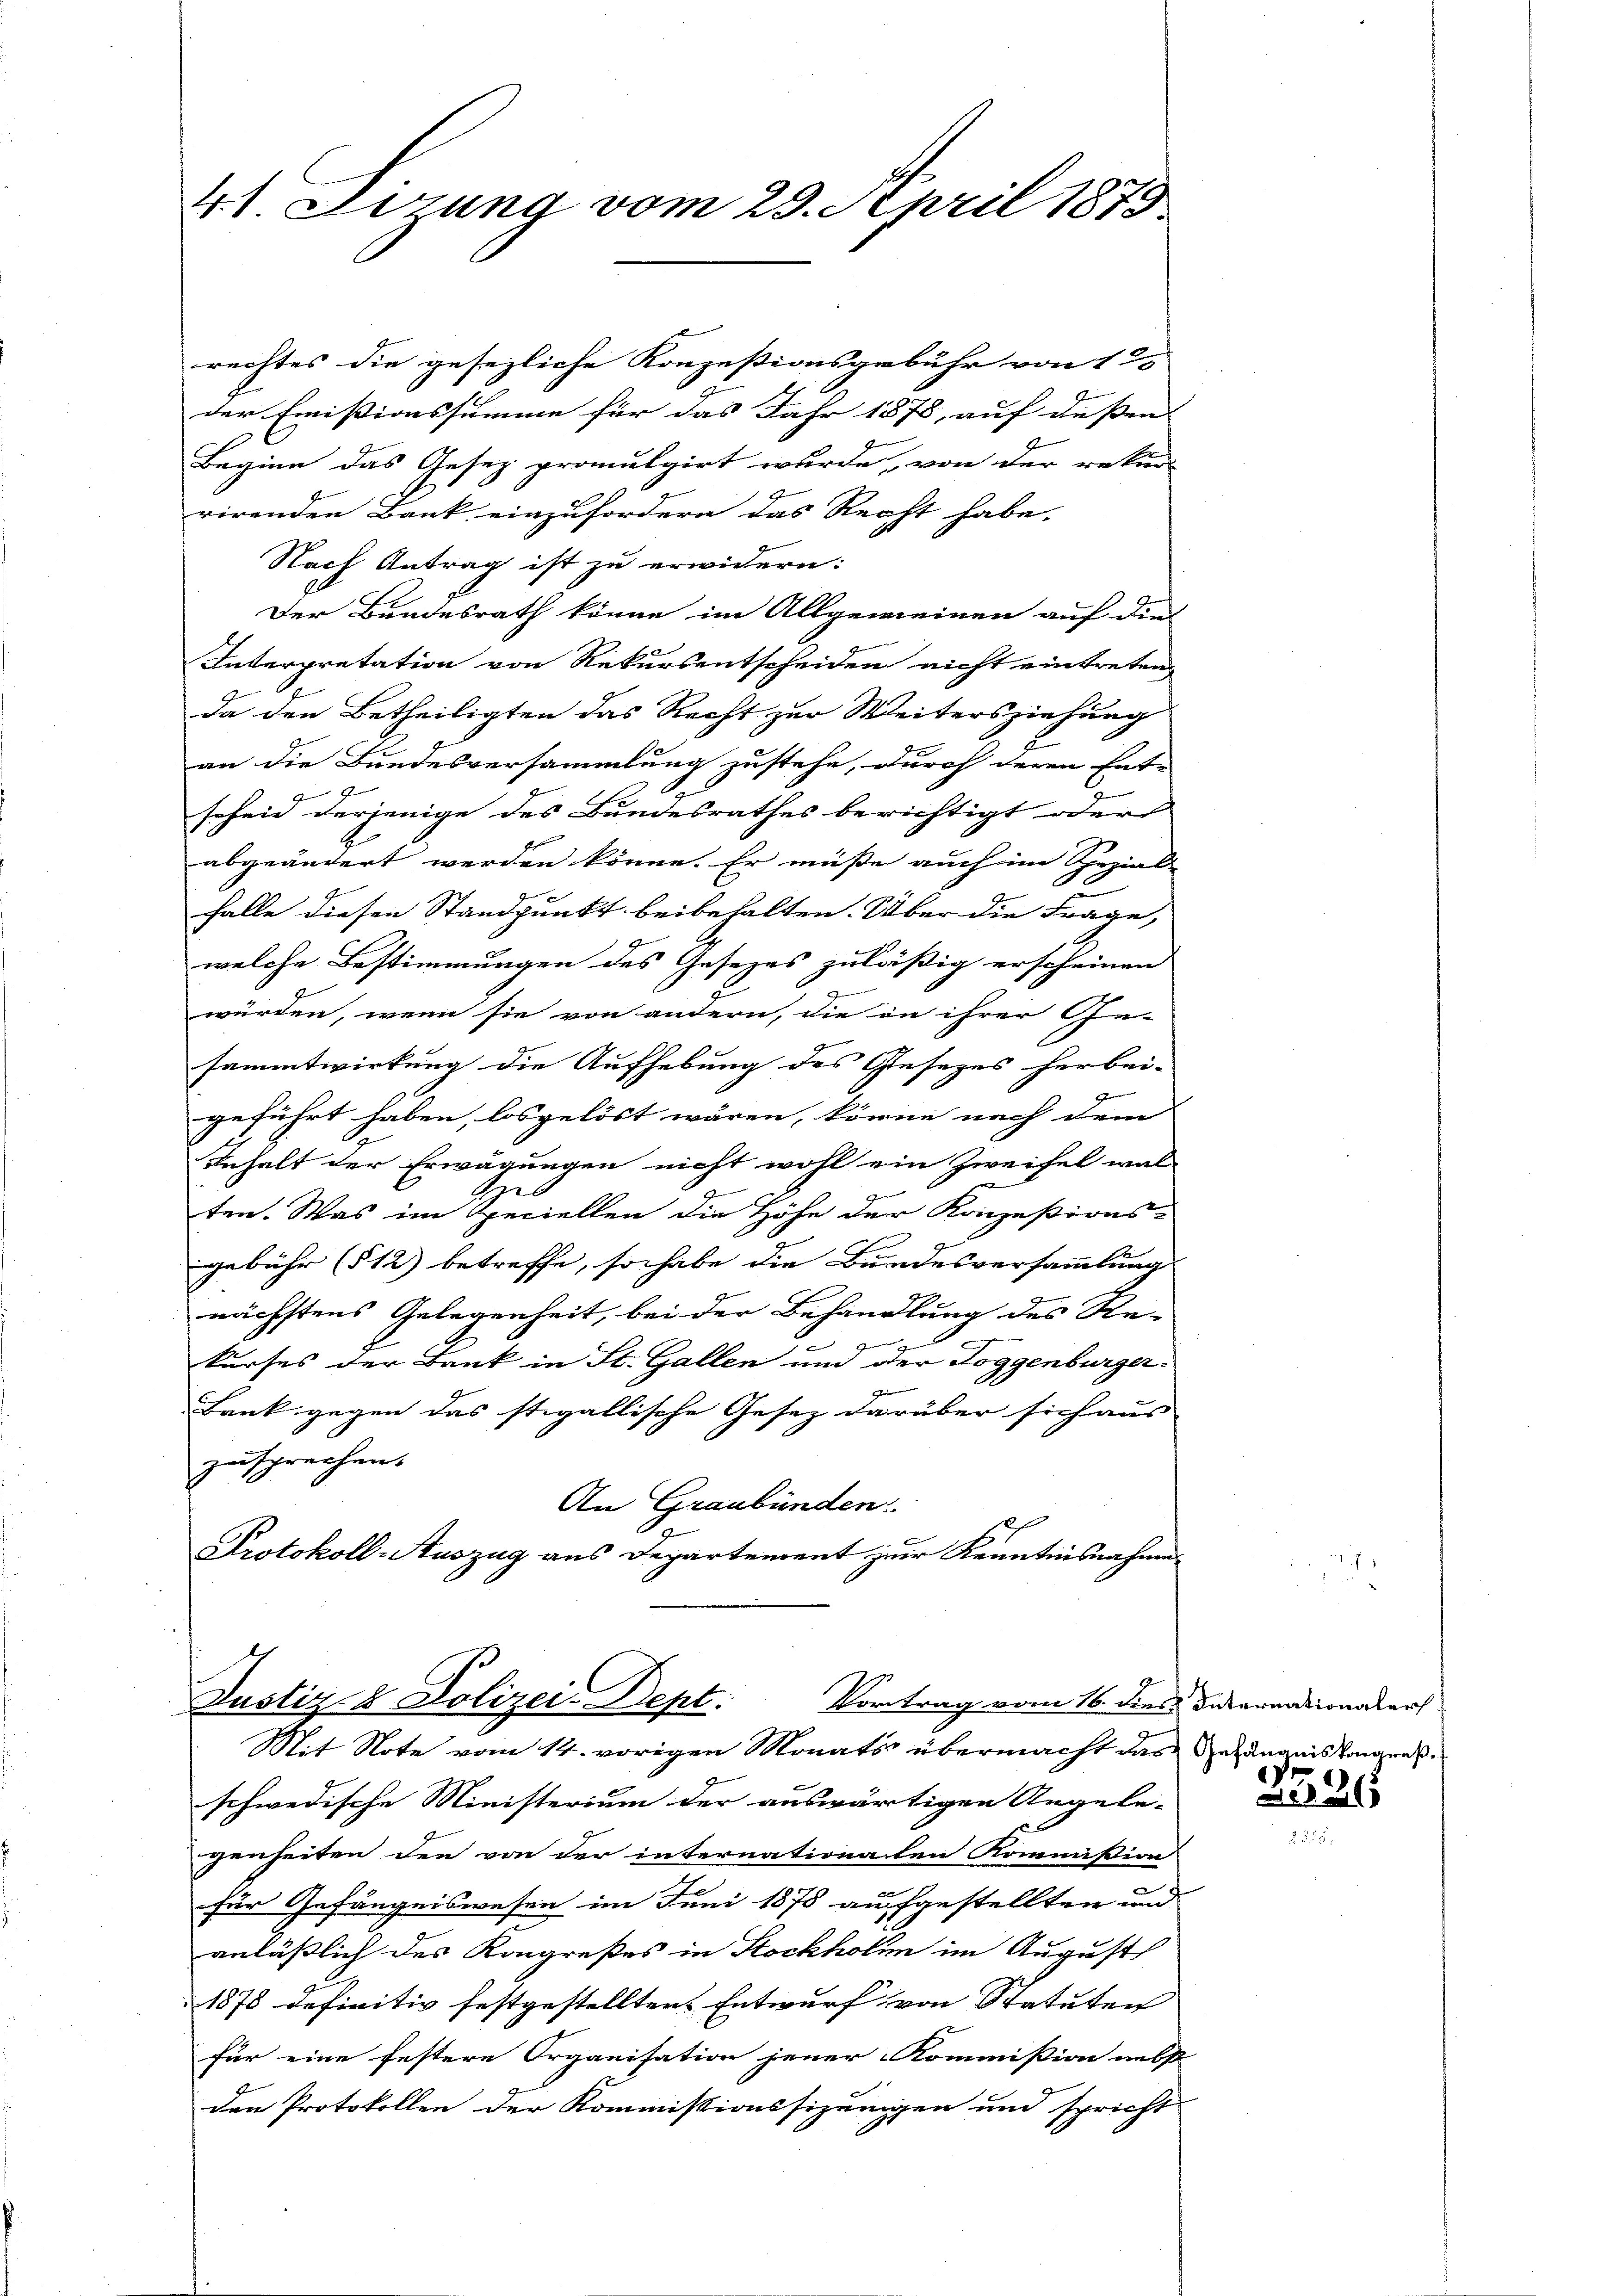
41 Lerung vom 29. April 1875

rechtes die gesezliche Konzesionsgebühr von 12
der Emissionssumme für das Jahr 1878, auf dessen |
Beginn das Gesez promulgirt wurde, von der rekur-
rirenden Bank einzufordern das Recht habe.
Nach Antrag ist zu erwidern:
Der Bundesrath könne im Allgemeinen auf die
Interpretation von Rekursentscheiden nicht eintreten
da den Betheiligten das Recht zur Weitersziehung
an die Bundesversammlung zustehe, durch deren Ent-
scheid derjenige des Bundesrathes berichtigt oder
abgeändert werden könne. Er müße auch im Spezial
halle diesen Standpunkt beibehalten. Über die Frage,
welche Bestimmungen des Gesetzes zuläßig erscheinen
J
würden, wenn sie von andern, die in ihrer Ge-
E
sammtwirkung die Aufhebung des Gesezes herbei-
geführt haben, losgelöst wären, könne nach dem
Inhalt der Erwägungen nicht wohl ein Zweifel wal
e
ten. Was im Reciellen die Höhe der Konzesions-
gebühr (§ 12) betreffe, so habe die Bundesversammlung
nächstens Gelegenheit, bei der Behandlung des Re-
Ge
kurses der Bank in St. Gallen um der Toggenburger¬
Bank gegen das stigallische Gesez darüber sich aus
zusprechen.
An Graubünden.
19
Protokoll-Auszug aus Departement zur Kenntnisnahmen

Justiz & Polizei-Dept: Vortrag vom 16. dies des ernationalers
Mit Note vom 14. vorigen Monats übermacht das Gefängnis hingens¬

schwedische Ministerium der auswärtigen Angele-
genheiten den von der internationalen Kommission
für Gefängniswesen im Juni 1878 aufgestellten und
anläßlich des Kongreßes in Stockholen im August
1878 definitiv festgestellten Entwurf von Statuten |
für eine festere Organisation jener Kommission nebst
den Protokollen der Kommissionssizungen und spricht

e
)

26